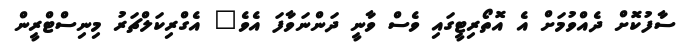
ސާފުކޮށް ދެއްވުމަށް އެ އޮތޯރިޓީގައި ވެސް ވާނީ ދަންނަވާފަ އެވެ" އެގްރިކަލްޗަރު މިނިސްޓްރީން